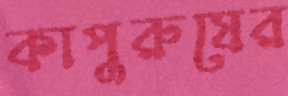
কাপুরুষের